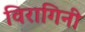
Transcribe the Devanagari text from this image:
विरागिनी